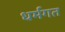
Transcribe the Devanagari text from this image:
धर्मगत